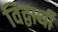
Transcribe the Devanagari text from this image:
विद्वार्थी